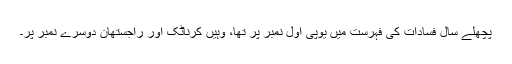
پچھلے سال فسادات کی فہرست میں یوپی اول نمبر پر تھا، وہیں کرناٹک اور راجستھان دوسرے نمبر پر۔